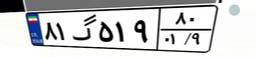
۸۱گ۵۱۹۸۰